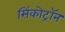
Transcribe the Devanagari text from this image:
सिंकोट्रॉन